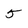
Character: 5